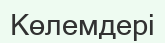
Көлемдері